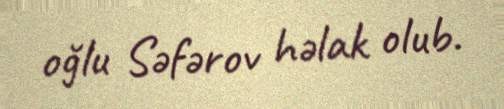
oğlu Səfərov həlak olub.